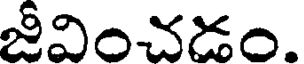
జీవించడం.